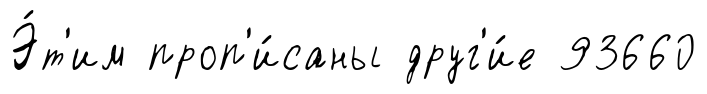
Э́т'им проп'и́саны друг'и́е 93660